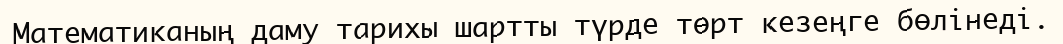
Математиканың даму тарихы шартты түрде төрт кезеңге бөлінеді.